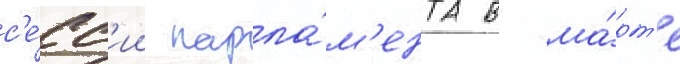
с'е́сс'ии парла́м'ента в ма́рт'е